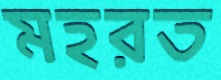
মহরত